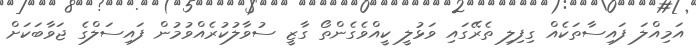
އަމިއްލަ ފައިސާތަކެއް ގިފިލި ތެރޭގައި ވަޅުލީ ކީއްވެގެންތޯ ގާޒީ ސުވާލުކުރެއްވުމުން ފައިސަލްގެ ޖަވާބަކަށް